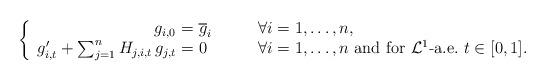
LaTeX: \begin{align*}\left\{\begin{array}{rll}g_{i,0}\!\!\!&=\overline g_i&\qquad\forall i=1,\ldots,n,\\g_{i,t}'+\sum_{j=1}^n H_{j,i,t}\,g_{j,t}\!\!\!&=0&\qquad\forall i=1,\ldots,n\mbox{ and for }\mathcal{L}^1\mbox{-a.e.\ }t\in[0,1].\end{array}\right.\end{align*}